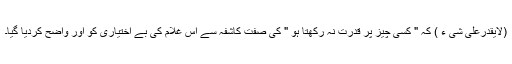
(لایقدرعلی شی ء ) کہ " کسی چیز پر قدرت نہ رکھتا ہو " کی صفت کاشفہ سے اس غلام کی بے اختیاری کو اور واضح کردیا گیا۔